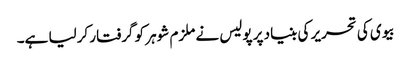
بیوی کی تحریر کی بنیاد پر پولیس نے ملزم شوہر کو گرفتار کرلیا ہے۔